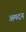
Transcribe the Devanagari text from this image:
अमदन